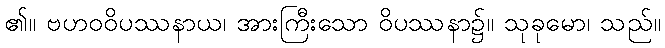
၏။ ဗဟဝဝိပဿနာယ၊ အားကြီးသော ဝိပဿနာ၌။ သုခုမော၊ သည်။